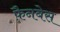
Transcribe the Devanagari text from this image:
फ़ैनबेस